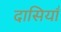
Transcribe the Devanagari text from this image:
दासियाँ